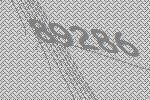
89286